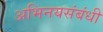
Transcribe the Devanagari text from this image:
अभिनयसंबंधी